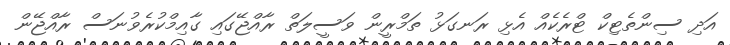
އަދި ސިންތެޓިކް ޓްރެކެއް އެޅި ރަނގަޅު ތަމްރީން ވަސީލަތް ރާއްޖޭގައި ގާއިމްކުރެވުނަސް ރާއްޖޭން